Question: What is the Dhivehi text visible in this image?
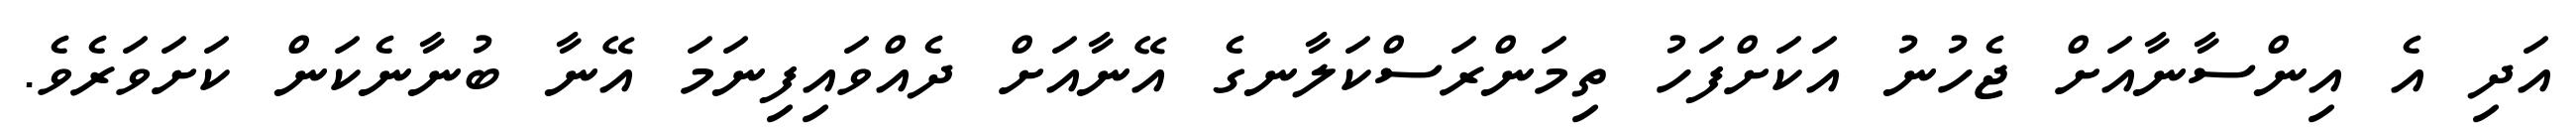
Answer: އަދި އެ އިންސާނާއަށް ޖެހުނު އަކަށްފަހު ތިމަންރަސްކަލާނގެ އޭނާއަށް ދެއްވައިފިނަމަ އޭނާ ބުނާނެކަން ކަށަވަރެވެ.